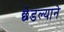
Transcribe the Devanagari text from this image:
छेडल्याने